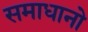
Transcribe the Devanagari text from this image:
समाधानो